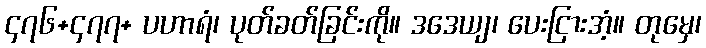
၄၇၆+၄၇၇+ ပဟာရံ၊ ပုတ်ခတ်ခြင်းကို။ ဒဒေယျ၊ ပေးငြားအံ့။ တုမှေ၊